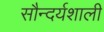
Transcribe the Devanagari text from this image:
सौन्दर्यशाली